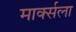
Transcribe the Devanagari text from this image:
मार्क्‍सला